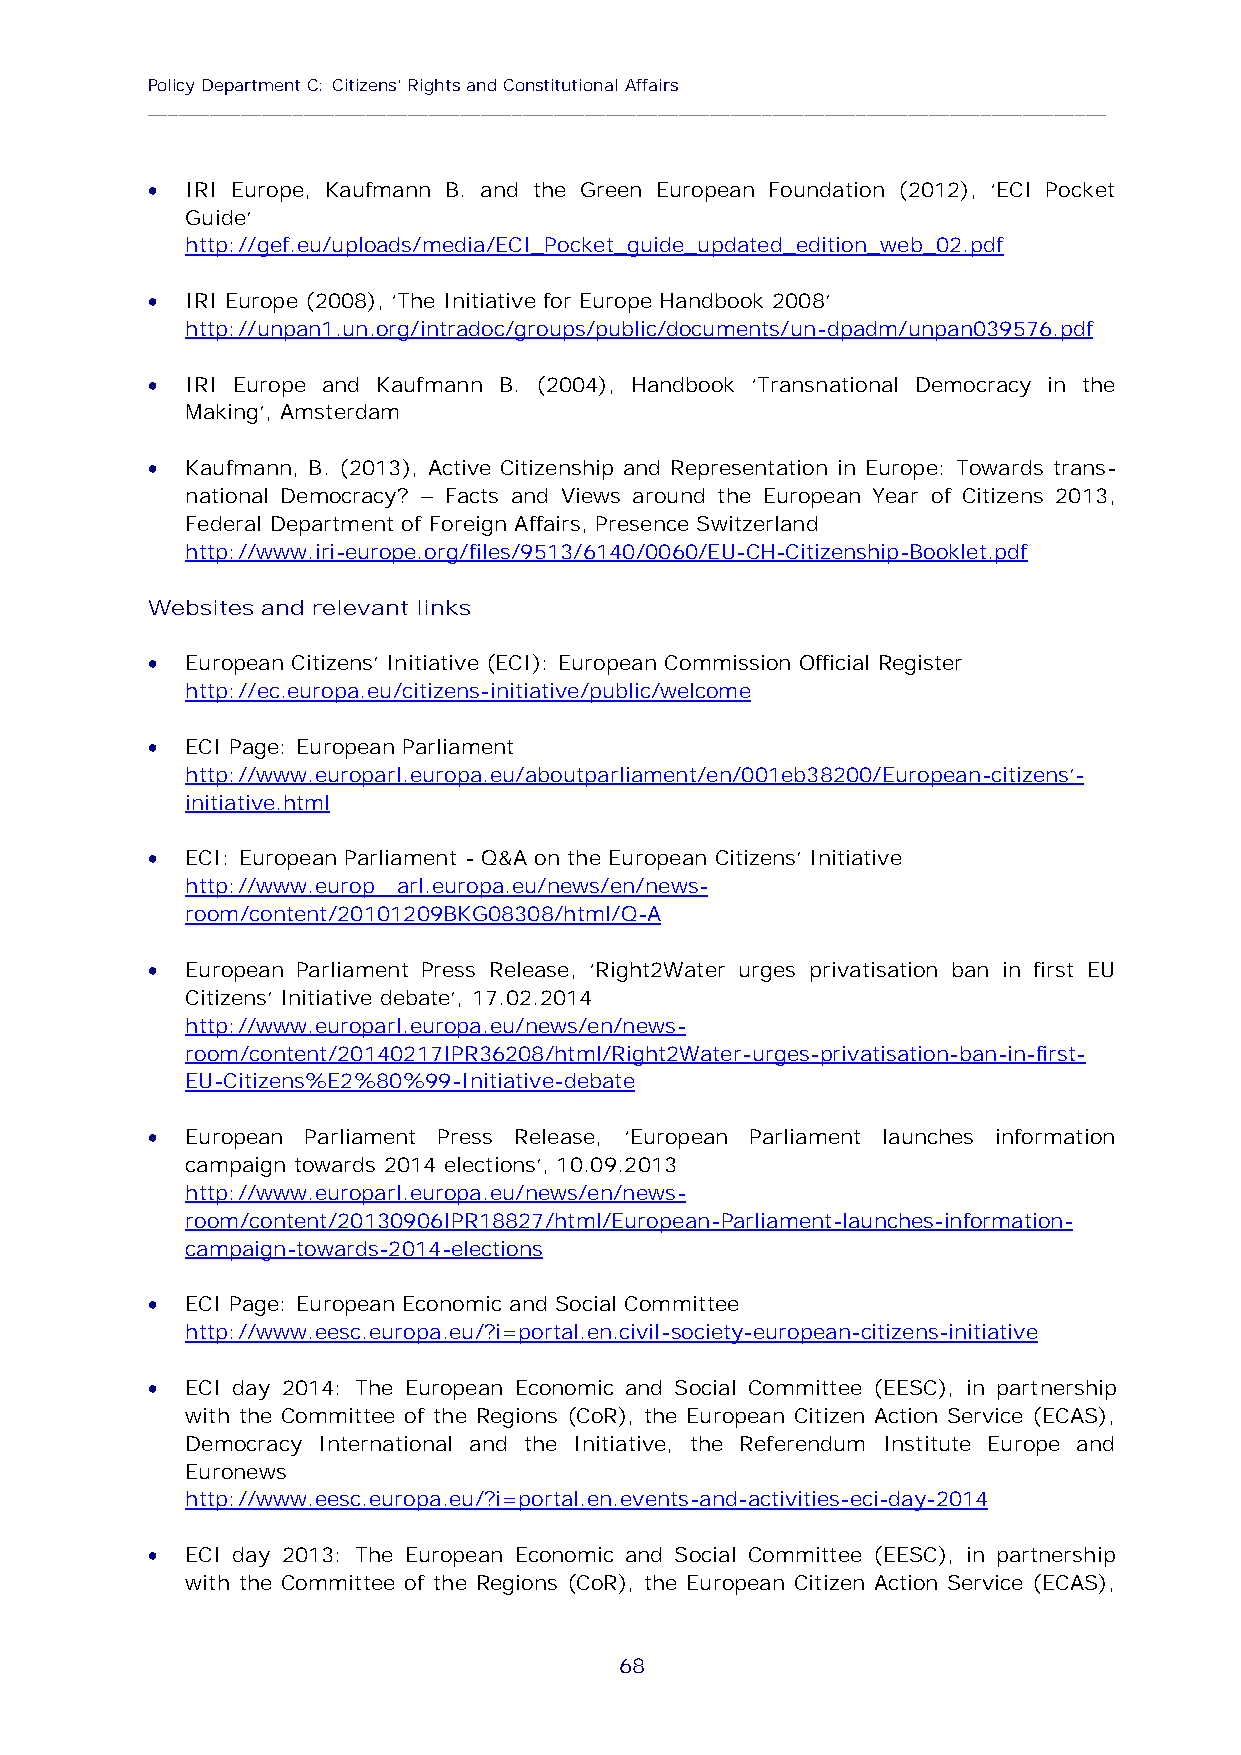
Policy Department C: Citizens' Rights and Constitutional Affairs
 ____________________________________________________________________________________________
 
 IRI Europe, Kaufmann B. and the Green European Foundation (2012), ‘ECI Pocket
 Guide’
 http://gef.eu/uploads/media/ECI_Pocket_guide_updated_edition_web_02.pdf
 
 IRI Europe (2008), ‘The Initiative for Europe Handbook 2008’
 http://unpan1.un.org/intradoc/groups/public/documents/un-dpadm/unpan039576.pdf
 
 IRI Europe and Kaufmann B. (2004), Handbook ‘Transnational Democracy in the
 Making’, Amsterdam
 
 Kaufmann, B. (2013), Active Citizenship and Representation in Europe: Towards trans-
 national Democracy? – Facts and Views around the European Year of Citizens 2013,
 Federal Department of Foreign Affairs, Presence Switzerland
 http://www.iri-europe.org/files/9513/6140/0060/EU-CH-Citizenship-Booklet.pdf
 Websites and relevant links
 
 European Citizens’ Initiative (ECI): European Commission Official Register
 http://ec.europa.eu/citizens-initiative/public/welcome
 
 ECI Page: European Parliament
 http://www.europarl.europa.eu/aboutparliament/en/001eb38200/European-citizens'-
 initiative.html
 
 ECI: European Parliament - Q&A on the European Citizens' Initiative
 http://www.europ arl.europa.eu/news/en/news-
 room/content/20101209BKG08308/html/Q-A
 
 European Parliament Press Release, ‘Right2Water urges privatisation ban in first EU
 Citizens’ Initiative debate’, 17.02.2014
 http://www.europarl.europa.eu/news/en/news-
 room/content/20140217IPR36208/html/Right2Water-urges-privatisation-ban-in-first-
 EU-Citizens%E2%80%99-Initiative-debate
 
 European Parliament Press Release, ‘European Parliament launches information
 campaign towards 2014 elections’, 10.09.2013
 http://www.europarl.europa.eu/news/en/news-
 room/content/20130906IPR18827/html/European-Parliament-launches-information-
 campaign-towards-2014-elections
 
 ECI Page: European Economic and Social Committee
 http://www.eesc.europa.eu/?i=portal.en.civil-society-european-citizens-initiative
 
 ECI day 2014: The European Economic and Social Committee (EESC), in partnership
 with the Committee of the Regions (CoR), the European Citizen Action Service (ECAS),
 Democracy International and the Initiative, the Referendum Institute Europe and
 Euronews
 http://www.eesc.europa.eu/?i=portal.en.events-and-activities-eci-day-2014
 
 ECI day 2013: The European Economic and Social Committee (EESC), in partnership
 with the Committee of the Regions (CoR), the European Citizen Action Service (ECAS),
 68